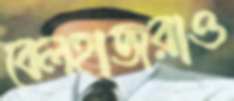
বেলহাজরাও